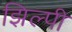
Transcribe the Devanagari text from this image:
झिल्पी